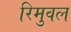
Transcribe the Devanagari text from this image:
रिमुवल